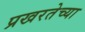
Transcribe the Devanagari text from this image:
प्रखरतेच्या